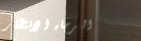
الرجاء الانتظار